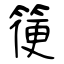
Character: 箯